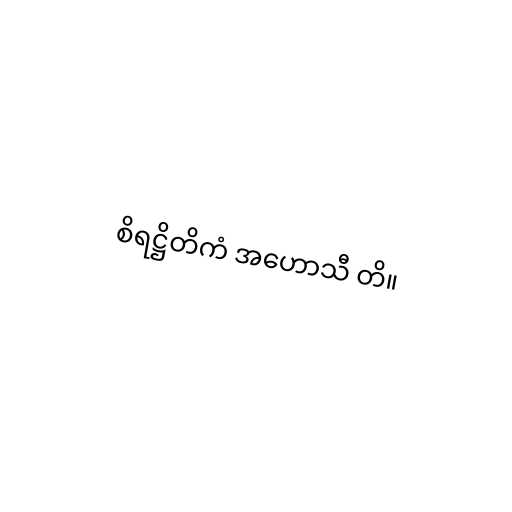
စိရဋ္ဌိတိကံ အဟောသီ တိ။